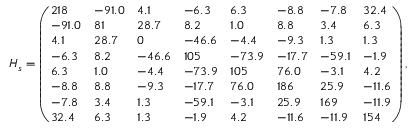
H _ { s } = \left( \begin{array} { l l l l l l l l } { 2 1 8 } & { - 9 1 . 0 } & { 4 . 1 } & { - 6 . 3 } & { 6 . 3 } & { - 8 . 8 } & { - 7 . 8 } & { 3 2 . 4 } \\ { - 9 1 . 0 } & { 8 1 } & { 2 8 . 7 } & { 8 . 2 } & { 1 . 0 } & { 8 . 8 } & { 3 . 4 } & { 6 . 3 } \\ { 4 . 1 } & { 2 8 . 7 } & { 0 } & { - 4 6 . 6 } & { - 4 . 4 } & { - 9 . 3 } & { 1 . 3 } & { 1 . 3 } \\ { - 6 . 3 } & { 8 . 2 } & { - 4 6 . 6 } & { 1 0 5 } & { - 7 3 . 9 } & { - 1 7 . 7 } & { - 5 9 . 1 } & { - 1 . 9 } \\ { 6 . 3 } & { 1 . 0 } & { - 4 . 4 } & { - 7 3 . 9 } & { 1 0 5 } & { 7 6 . 0 } & { - 3 . 1 } & { 4 . 2 } \\ { - 8 . 8 } & { 8 . 8 } & { - 9 . 3 } & { - 1 7 . 7 } & { 7 6 . 0 } & { 1 8 6 } & { 2 5 . 9 } & { - 1 1 . 6 } \\ { - 7 . 8 } & { 3 . 4 } & { 1 . 3 } & { - 5 9 . 1 } & { - 3 . 1 } & { 2 5 . 9 } & { 1 6 9 } & { - 1 1 . 9 } \\ { 3 2 . 4 } & { 6 . 3 } & { 1 . 3 } & { - 1 . 9 } & { 4 . 2 } & { - 1 1 . 6 } & { - 1 1 . 9 } & { 1 5 4 } \end{array} \right) ,